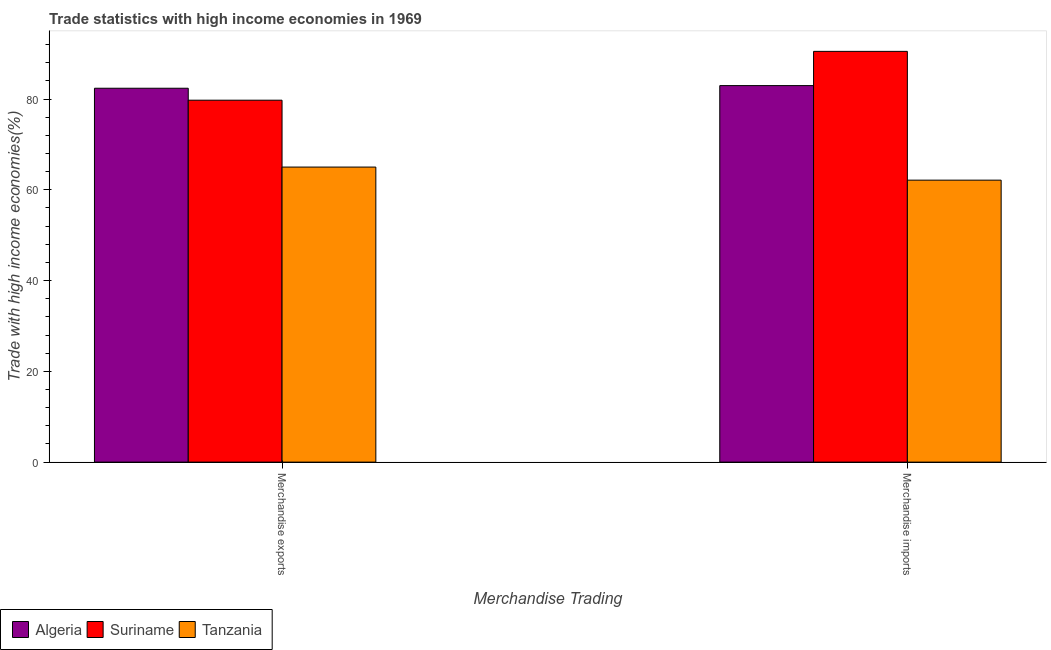
| Merchandise Trading | Algeria | Suriname | Tanzania |
 | --- | --- | --- | --- |
 | Merchandise exports | 82.4 | 79.7 | 65 |
 | Merchandise imports | 83 | 90.5 | 62.1 |